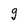
Character: 9